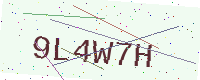
Text: 9L4W7H